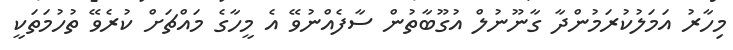
މިހާރު އަމަލުކުރަމުންދާ ގާނޫނުލް އުގޫބާތުން ސާފެއްނުވޭ އެ މީހާގެ މައްޗަށް ކުރެވޭ ތުހުމަތަކީ